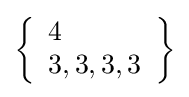
\left\{{\begin{array}{l}4\\3,3,3,3\end{array}}\right\}